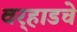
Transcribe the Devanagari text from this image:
वर्‍हाडचे